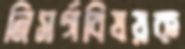
নিসর্গবিষয়ক